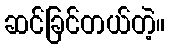
ဆင်ခြင်တယ်တဲ့။